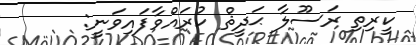
ކީރިތި ރަސޫލާ ޙަދީޘް ކުރައްވާފައިވަނީ: